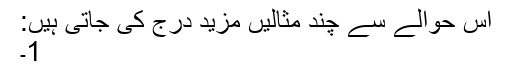
اس حوالے سے چند مثالیں مزید درج کی جاتی ہیں:
1۔